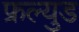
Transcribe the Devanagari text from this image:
फ्रल्युड